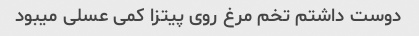
دوست داشتم تخم مرغ روی پیتزا کمی عسلی میبود